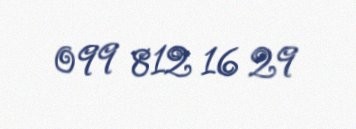
099 812 16 29